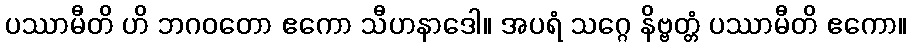
ပဿာမီတိ ဟိ ဘဂဝတော ဧကော သီဟနာဒေါ။ အပရံ သဂ္ဂေ နိဗ္ဗတ္တံ ပဿာမီတိ ဧကော။